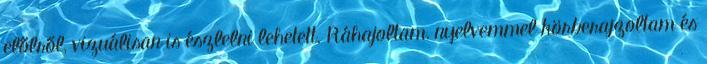
előlről, vizuálisan is észlelni lehetett. Ráhajoltam, nyelvemmel körberajzoltam és